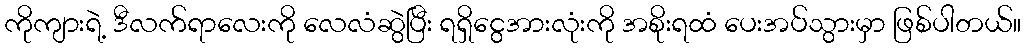
ကိုကျားရဲ့ ဒီလက်ရာလေးကို လေလံဆွဲပြီး ရရှိငွေအားလုံးကို အစိုးရထံ ပေးအပ်သွားမှာ ဖြစ်ပါတယ်။